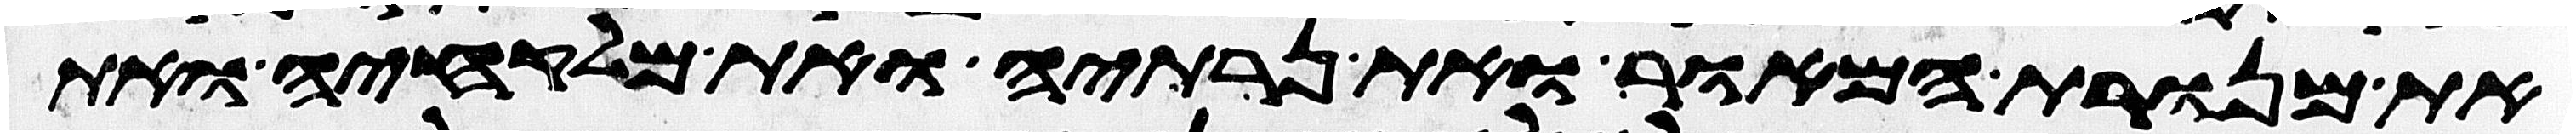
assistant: את מנורת המאור ואת נרתיה ואת מלקחיה ואת